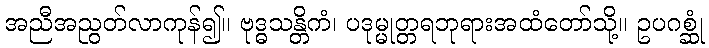
အညီအညွတ်လာကုန်၍။ ဗုဒ္ဓသန္တိကံ၊ ပဒုမ္မုတ္တရဘုရားအထံတော်သို့။ ဥပဂစ္ဆုံ